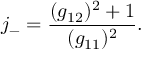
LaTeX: j _ { - } = \frac { ( g _ { 1 2 } ) ^ { 2 } + 1 } { ( g _ { 1 1 } ) ^ { 2 } } .